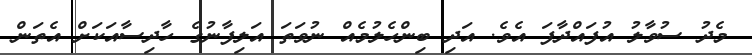
މެދު ސުވާލު އުފައްދާފަ އެވެ. އަދި ބިންހެލުމެއް ނުވަތަ އަލިފާނުގެ ހާދިސާއަކަށް އެތަން